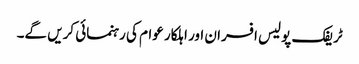
ٹریفک پولیس افسران اور اہلکار عوام کی رہنمائی کریں گے۔